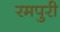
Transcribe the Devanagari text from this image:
रमपुरी